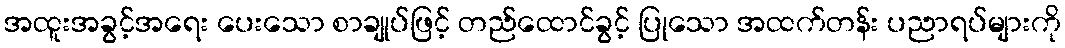
အထူးအခွင့်အရေး ပေးသော စာချုပ်ဖြင့် တည်ထောင်ခွင့် ပြုသော အထက်တန်း ပညာရပ်များကို